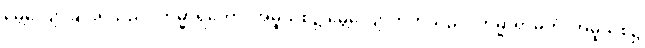
မွေ့လျော်ခြင်းရှိသည်။ ကမ္မာရတော၊ အမူသစ်၌ မွေ့လျော်တတ်သည်။ ကမ္မာရာမတံ၊ အမူသစ်၌